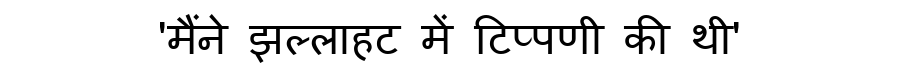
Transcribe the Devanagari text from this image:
'मैंने झल्लाहट में टिप्पणी की थी'